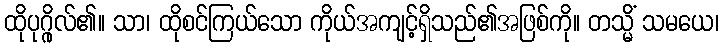
ထိုပုဂ္ဂိုလ်၏။ သာ၊ ထိုစင်ကြယ်သော ကိုယ်အကျင့်ရှိသည်၏အဖြစ်ကို။ တသ္မိံ သမယေ၊